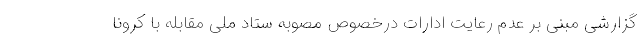
گزارشی مبنی بر عدم رعایت ادارات درخصوص مصوبه ستاد ملی مقابله با کرونا